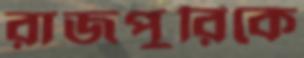
রাজপুরিকে